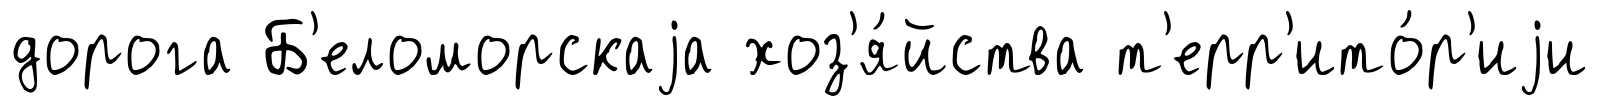
дорога Б'еломорскаjа хоз'я́йства т'ерр'ито́р'иjи